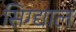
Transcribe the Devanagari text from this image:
सिग्द्याल